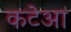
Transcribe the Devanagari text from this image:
कटेआ